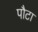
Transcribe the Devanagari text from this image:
पौटा